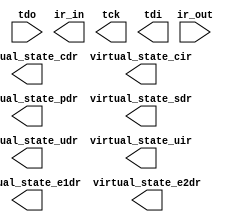
module vjtag (
	ir_out,
	tdo,
	ir_in,
	tck,
	tdi,
	virtual_state_cdr,
	virtual_state_cir,
	virtual_state_e1dr,
	virtual_state_e2dr,
	virtual_state_pdr,
	virtual_state_sdr,
	virtual_state_udr,
	virtual_state_uir);

	input	[1:0]  ir_out;
	input	  tdo;
	output	[1:0]  ir_in;
	output	  tck;
	output	  tdi;
	output	  virtual_state_cdr;
	output	  virtual_state_cir;
	output	  virtual_state_e1dr;
	output	  virtual_state_e2dr;
	output	  virtual_state_pdr;
	output	  virtual_state_sdr;
	output	  virtual_state_udr;
	output	  virtual_state_uir;

endmodule